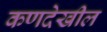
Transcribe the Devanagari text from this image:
कणदेखील